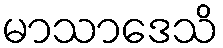
မာသာဒေသိ